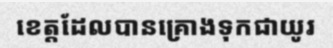
ខេត្តដែលបានគ្រោងទុកជាយូរ